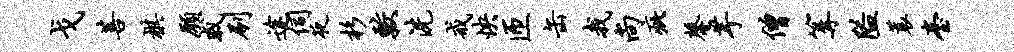
戈菩棋愿戚刷途伺夜杉较洗戒怏匝缶我尚疵馨芋僧篝隘蓑台